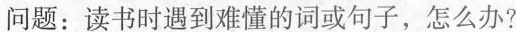
问题：读书时遇到难懂的词或句子，怎么办?